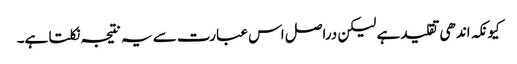
کیونکہ اندھی تقلید ہے لیکن دراصل اس عبارت سے یہ نتیجہ نکلتا ہے۔